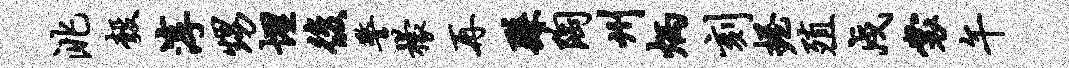
洮彀淳甥埋后警檬再繇陶州炳刻握殖戍裳午